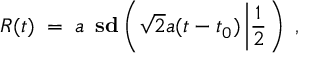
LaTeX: R ( t ) \; = \; a \, \mathrm { \bf ~ s d } \left( \sqrt { 2 } a ( t - t _ { 0 } ) \left| \frac { 1 } { 2 } \right. \right) \; ,